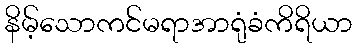
နိမ့်သောကင်မရာအာရုံခံကိရိယာ